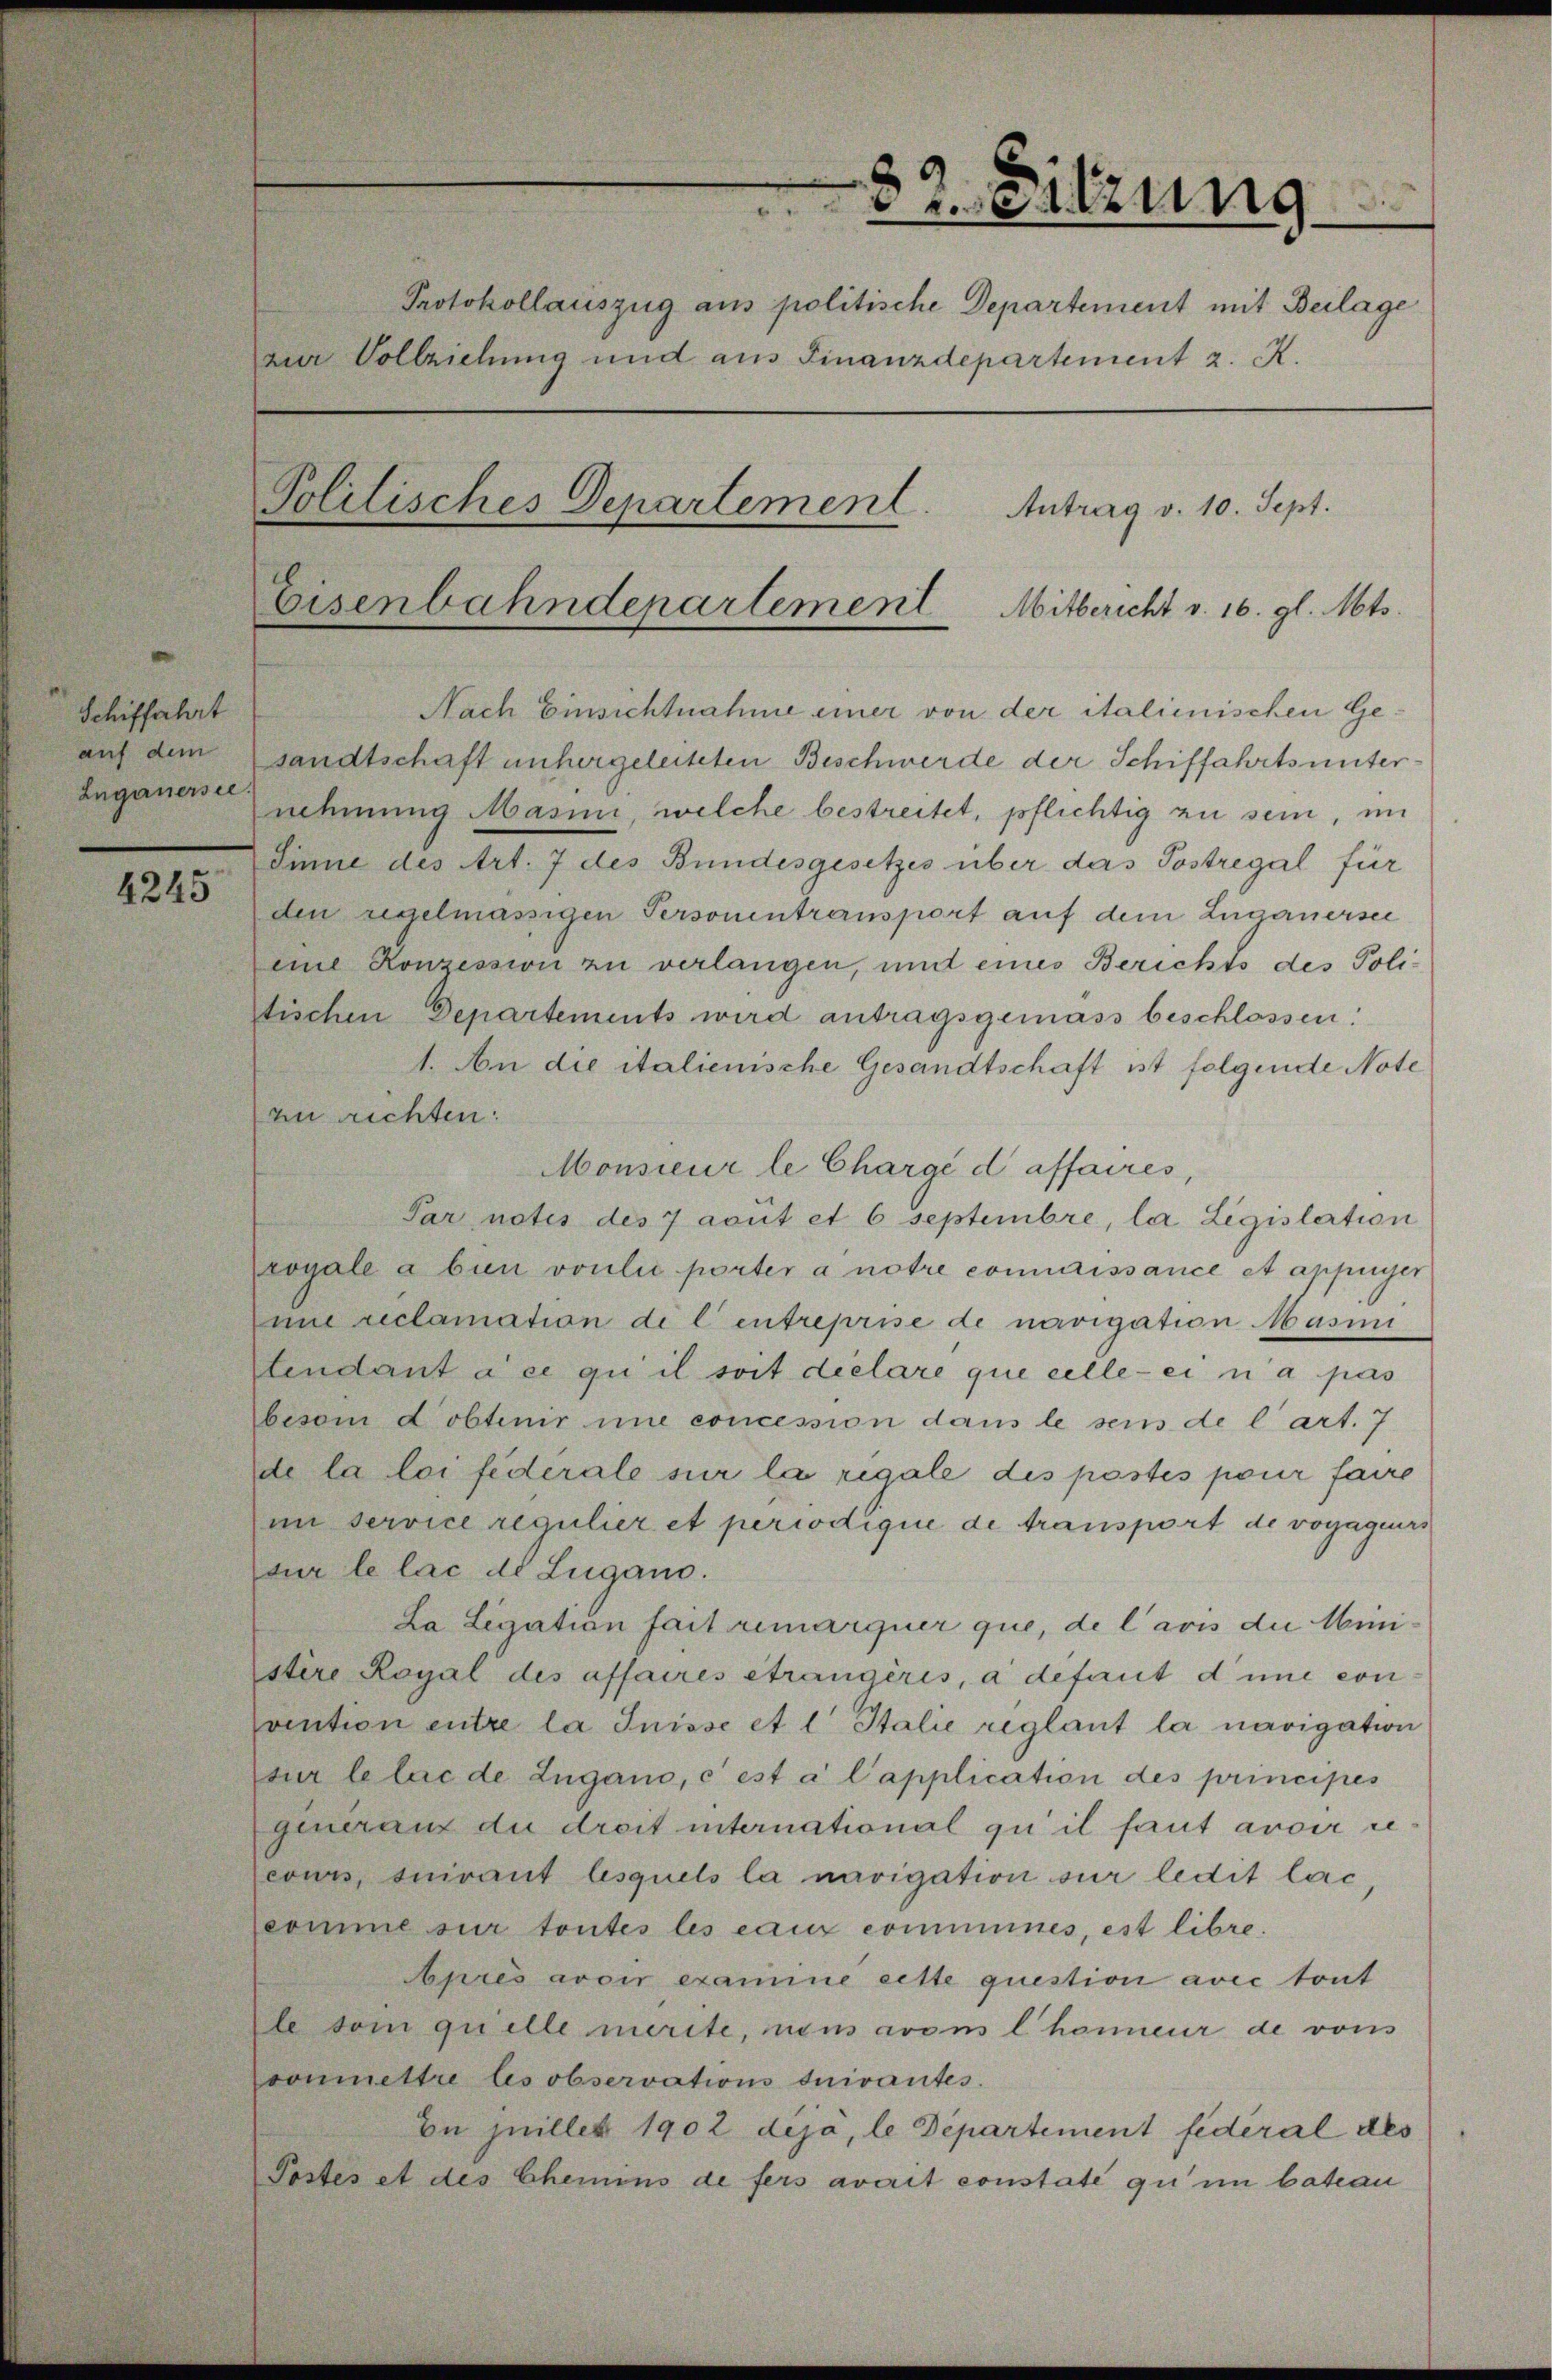
82. Sitzung
Protokollauszug ans politische Departement mit Beilage
zur Vollziehung und ans Finanzdepartement z. K.
Politisches Departement. Antrag v. 10. Sept.
Eisenbahndepartement Mitbericht v. 16. gl. Mts.
Nach Einsichtnahme einer von der italienischen Ge¬
sandtschaft unhergeleiteten Beschwerde der Schiffahrtsunter¬
nehmung Masini, welche bestreitet, pflichtig zu sein, im
Sinne des Art. 7 des Bundesgesetzes über das Postregal für
den regelmässigen Personentransport auf dem Luganersee
eine Konzession zu verlangen, und eines Berichts des Poli¬
tischen Departements wird antragsgemäss beschlossen:
1. An die italienische Gesandtschaft ist folgende Note
zu richten:
Monsieur le Chargé d'affaires,
Par notes des 7 août et 6 septembre, la Législation
royale a bien voulu porter à notre connaissance et appuyer
une réclamation de l'entreprise de navigation Masini
tendant à ce qu'il soit déclaré que celle-ci n'a pas
besoin d'obtenir une concession dans le sens de l'art. 7
de la loi fédérale sur la régale des postes pour faire
un service régulier et périodique de transport de voyageurs
sur le lac de Lugano.
La Légation fait remarquer que, de l'avis du Mini¬
stère Royal des affaires étrangères, à défaut d'une con¬
vention entre la Suisse et l'Italie réglant la navigation
sur le lac de Lugano, c'est à l'application des principes
généraux du droit international qu'il faut avoir re¬
cours, suivant lesquels la navigation sur ledit lac,
comme sur toutes les eaux communes, est libre.
Après avoir examiné cette question avec tout
le soin qu'elle mérite, nous avons l'honneur de vous
soumettre les observations suivantes.
En juillet 1902 déjà, le Département fédéral des
Postes et des Chemins de fers avait constaté qu'un bateau

Schiffahrt
auf dem
Luganersee
4245